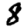
Digit: 8